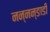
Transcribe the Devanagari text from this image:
नन्नन्ङाडी